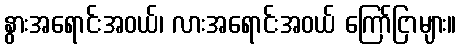
နွားအရောင်းအဝယ်၊ လားအရောင်းအဝယ် ကြော်ငြာများ။